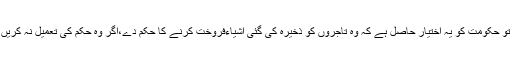
تیسری صورت جب غذائی اشیا ءکی قلت ہو اور کچھ لوگ ذخیرہ اندوزی کر رہے ہوں تو حکومت کو یہ اختیار حاصل ہے کہ وہ تاجروں کو ذخیرہ کی گئی اشیاءفروخت کرنے کا حکم دے،اگر وہ حکم کی تعمیل نہ کریں توحکومت ان کی مرضی کے خلاف خود بھی مارکیٹ ریٹ پر فروخت کر سکتی ہے۔